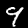
Digit: 9